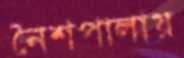
নৈশপালায়